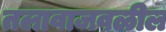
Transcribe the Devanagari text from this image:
तलावाजवळील